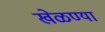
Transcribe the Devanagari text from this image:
खेळण्या